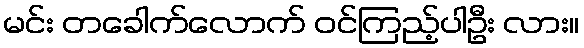
မင်း တခေါက်လောက် ဝင်ကြည့်ပါဦး လား။